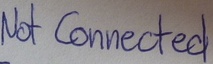
Text: Not Connected